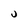
Character: u